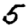
Digit: 5